Indian journal of veterinary science and animal husbandry - Volume 13,
Year: 1943
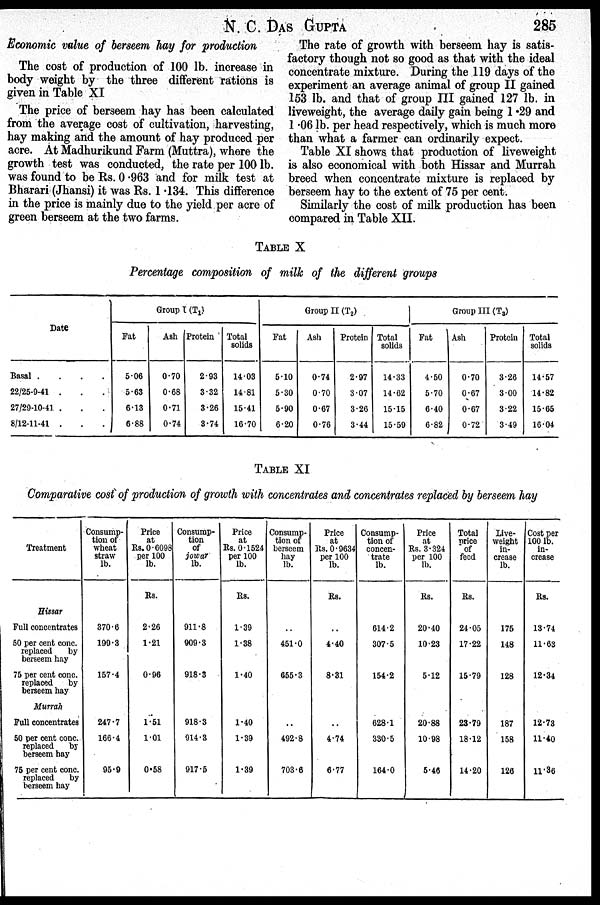
N. C.
DAS
GUPTA
285
Economic value of berseem hay for production
The cost of production of 100 lb. increase in
body weight by the three different rations is
given in Table XI
The price of berseem hay has been calculated
from the average cost of cultivation, harvesting,
hay making and the amount of hay produced per
acre. At Madhurikund Farm (Muttra), where the
growth test was conducted, the rate per 100 lb.
was found to be Rs. 0.963 and for milk test at
Bharari (Jhansi) it was Rs. 1.134. This difference
in the price is mainly due to the yield per acre of
green berseem at the two farms.
The rate of growth with berseem hay is satis-
factory though not so good as that with the ideal
concentrate mixture. During the 119 days of the
experiment an average animal of group II gained
153 lb. and that of group III gained 127 lb. in
liveweight, the average daily gain being 1.29 and
1.06 lb. per head respectively, which is much more
than what a farmer can ordinarily expect.
Table XI shows that production of liveweight
is also economical with both Hissar and Murrah
breed when concentrate mixture is replaced by
berseem hay to the extent of 75 per cent.
Similarly the cost of milk production has been
compared in Table XII.
TABLE X
Percentage composition of milk of the different groups
Date
Basal .
.
.
.
22/25-9-41 . . .
27/29-10-41 . . .
8/12-11-41 . . .
Group I (T 1 )
Fat
5.06
5.63
6.13
6.88
Ash
0.70
0.68
0.71
0.74
Protein
2.93
3.32
3.26
3.74
Total
solids
14.03
14.81
15.41
16.70
Group II (T 2 )
Fat
5.10
5.30
5.90
6.20
Ash
0.74
0.70
0.67
0.76
Protein
2.97
3.07
3.26
3.44
Total
solids
14.33
14.62
15.15
15.59
Group III (T 3 )
Fat
4.50
5.70
6.40
6.82
Ash
0.70
0.67
0.67
0.72
Protein
3.26
3.00
3.22
3.49
Total
solids
14.57
14.82
15.65
16.04
TABLE XI
Comparative cost of production of growth with concentrates and concentrates replaced by berseem hay
Treatment
Hissar
Full concentrates
50 per cent conc.
replaced
by
berseem hay
75 per cent conc.
replaced
by
berseem hay
Murrah
Full concentrates
50 per cent conc.
replaced
by
berseem hay
75 per cent conc.
replaced
by
berseem hay
Consump-
tion of
wheat
straw
lb.
370.6
199.3
157.4
247.7
166.4
95.9
Price
at
Rs. 0.6098
per 100
lb.
Rs.
2.26
1.21
0.96
1.51
1.01
0.58
Consump-
tion
of
jowar
lb.
911.8
909.3
918.3
918.3
914.3
917.5
Price
at
Rs. 0.1524
per 100
lb.
Rs.
1.39
1.38
1.40
1.40
1.39
1.39
Consump-
tion of
berseem
hay
lb.
..
451.0
655.3
..
492.8
703.6
Price
at
Rs. 0.9634
per 100
lb.
Rs.
..
4.40
8.31
..
4.74
6.77
Consump-
tion of
concen-
trate
lb.
614.2
307.5
154.2
628.1
330.5
164.0
Price
at
Rs. 3.324
per 100
lb.
Rs.
20.40
10.23
5.12
20.88
10.98
5.46
Total
price
of
feed
Rs.
24.05
17.22
15.79
23.79
18.12
14.20
Live-
weight
in-
crease
lb.
175
148
128
187
158
126
Cost per
100 lb.
in-
crease
Rs.
13.74
11.63
12.34
12.73
11.40
11.36